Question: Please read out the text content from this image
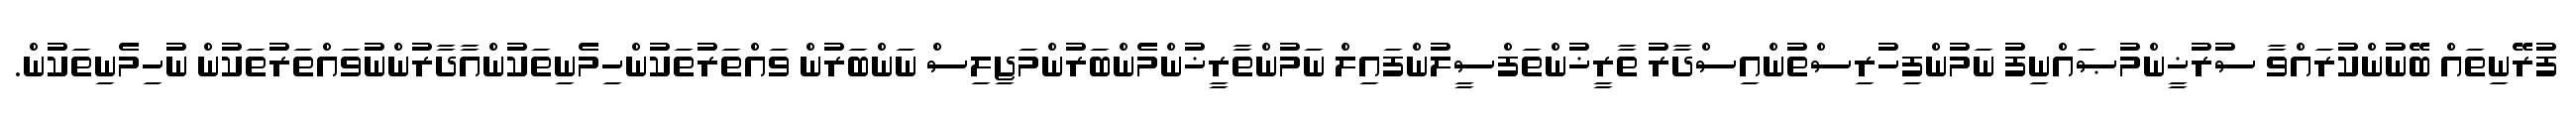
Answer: ފުރޭނިތައް ބޭނުންކުރައްވާ ސުރުޚީންމުޞައްނިފު ނަމުންފިހުރިސްތުންއިސްދާރު ތާރީޚުންތަފްސީލުންފައިލް ނަމުންތާރީޚުންމެންބަރުންމަޖިލިސް ނަންބަރުން ވައްތަރުތަކުންހިމެނިތަކުންއާދާރުންނުވައްތަރުތަކުން ނުހިމެނިތަކުން.